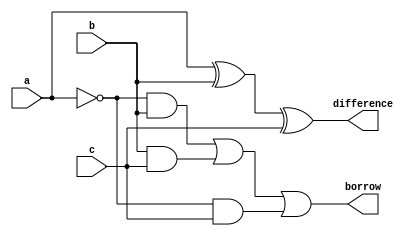
module full_sub(a,b,c,borrow,difference);

input a;

input b;

input c;

output wire borrow;

output wire difference;

wire d,e,f;

xor(difference,a,b,c);

and(d,~a,b);

and(e,b,c);

and(f,~a,c);

or(borrow,d,e,f);

endmodule